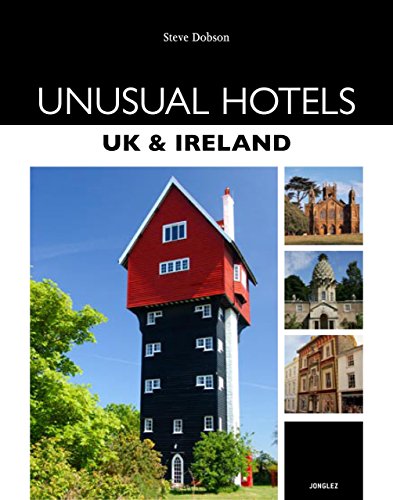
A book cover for Unusual Hotels - UK & Ireland (Jonglez Guides); Steve Dobson; Travel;